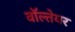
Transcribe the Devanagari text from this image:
वॉल्तेयर